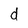
Character: d